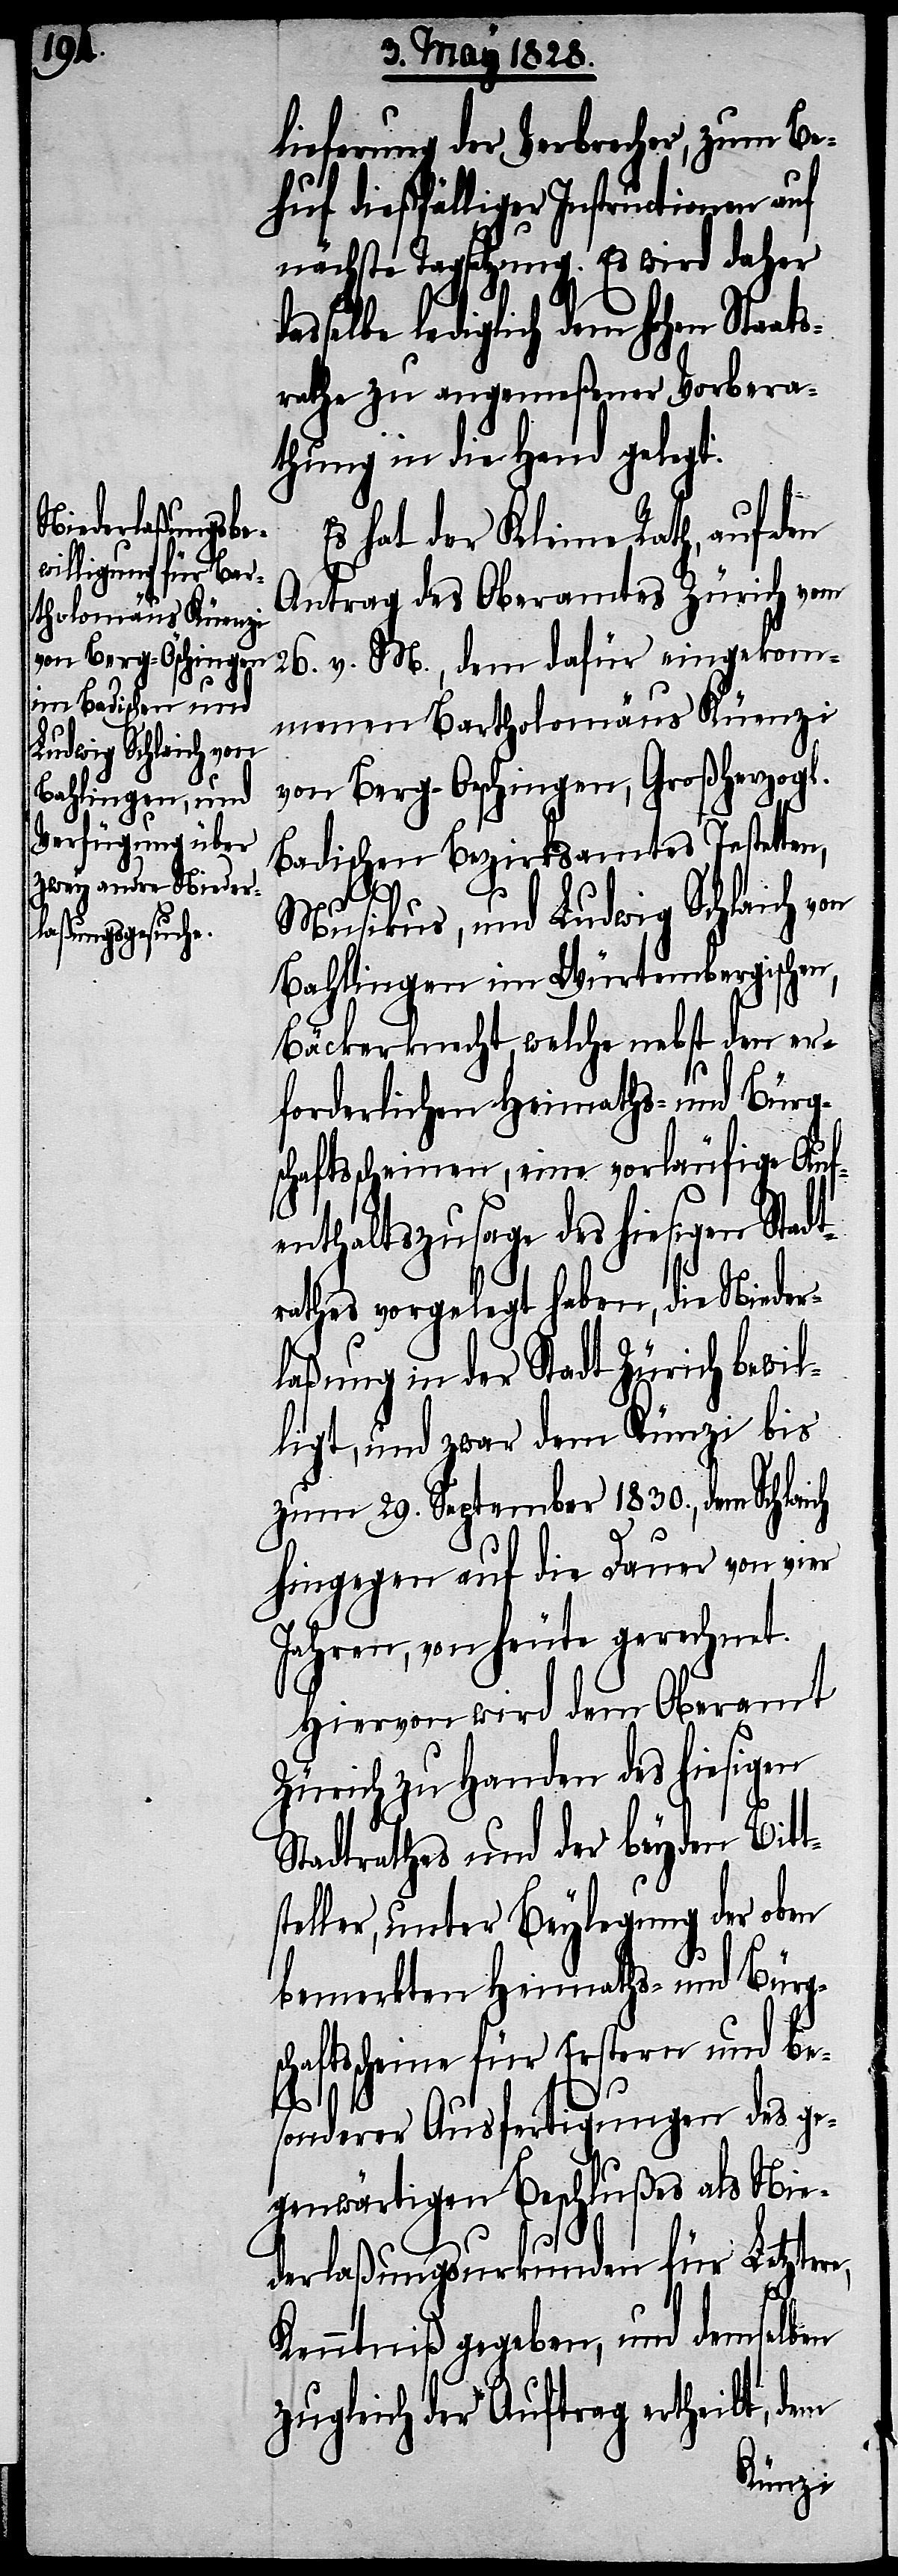
lieferung der Verbrecher, zum Be¬
huf dießfälliger Instructionen auf
nächste Tagsatzung. Es wird daher
selbe lediglich dem hohen Staat¬
srathe zu angemeßener Vorbera¬
thung in die Hand gelegt.
Es hat der Kleine Rath, auf den
Antrag des Oberamtes Zürich vom
26. v. M., dem dafür eingekom¬
menen Bartholomäus Küenzi
von Berg-Oeschingen, Großherzogl.
Badischen Bezirksamtes Jestetten,
Musikus, und Ludwig Schlaich von
Bahlingen im Würtembergischen,
Bäckerknecht, welche nebst den er¬
forderlichen Heimaths- und Bürg¬
schaftsscheinen, eine vorläufige Auf¬
enthaltszusage des hiesigen Stadt¬
rathes vorgelegt haben, die Nieder¬
laßung in der Stadt Zürich bewil¬
ligt, und zwar dem Künzi bis
zum 29. September 1830., dem Schlai¬
sc¬
hingegen auf die Dauer von vier
Jahren, von heute gerechnet.
Hiervon wird dem Oberamt
Zürich zu Handen des hiesigen
Stadtrathes und der beyden Bitt¬
teller, unter Beylegung der oben
bemerkten Heimaths- und Bürg¬
haftsscheine für Erstern und be¬
sonderer Ausfertigungen des ge¬
genwärtigen Beschlußes als Nie¬
derlaßungsurkunden für Letztern,
Kenntniß gegeben, und demselben
zugleich der Auftrag ertheilt, dem